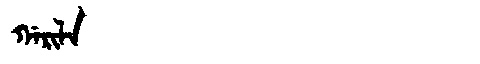
Manchu: ᡤᠠᡵᡳᠯᠠ
Romanization: GARILA